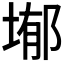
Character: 𭎺